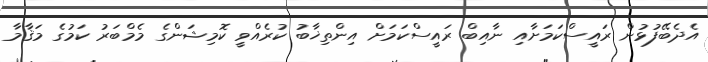
އެދެބޭފުޅުން ރައީސްކަމަށާއި ނާއިބް ރައީސްކަމަށް އިންތިޚާބު ކުރެއްވީ ކޮމިޝަންގެ މެމްބަރު ކަމުގެ މަޤާމާ